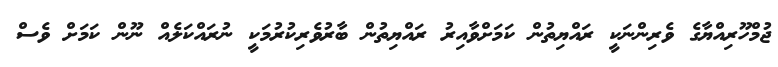
ޖުމްހޫރިއްޔާގެ ވެރިންނަކީ ރައްޔިތުން ކަމަށްވާއިރު ރައްޔިތުން ބާރުވެރިކުރުމަކީ ނުރައްކަލެއް ނޫން ކަމަށް ވެސް